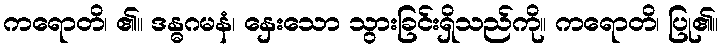
ကရောတိ၊ ၏။ ဒန္ဓဂမနံ၊ နှေးသော သွားခြင်းရှိသည်ကို။ ကရောတိ၊ ပြု၏။